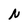
Character: N